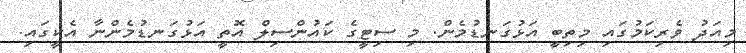
މިއަދު ވެރިކަމުގައި މިތިބީ އަޅުގަނޑުމެން. މި ސިޓީގެ ކައުންސިލް އޮތީ އަޅުގަނޑުމެންނާ އެކީގައި.